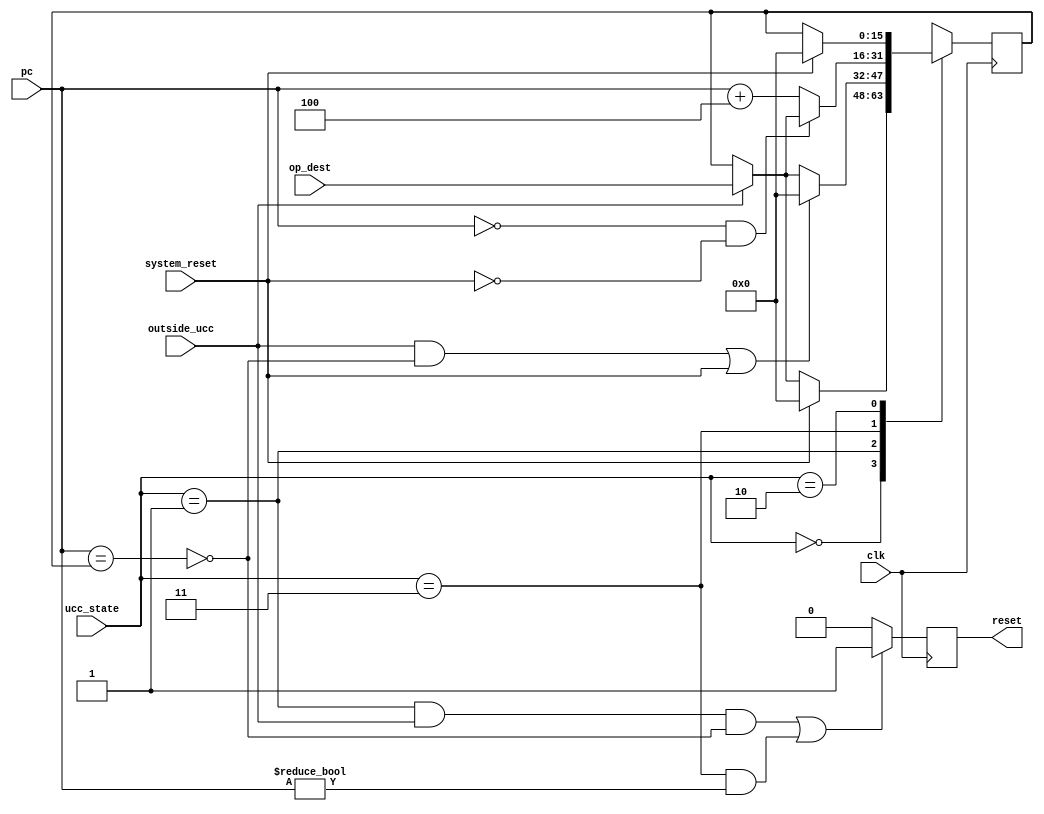

module  return_integrity (
// INPUT /////////////////////////////////////////////////////////////////
    clk,    
    pc,     
    system_reset,
    outside_ucc,
    ucc_state,
    op_dest,

// OUTPUT ////////////////////////////////////////////////////////////////
    // For formal verification
    //return_address,
    
    
    reset
);

input         clk;
input  [15:0] pc;
input         system_reset;
input         outside_ucc;
input  [1:0]  ucc_state;
input  [15:0] op_dest;

output        reset;

// For formal verification
//output [15:0] return_address;


// FSM States ////////////////////////////////////////////////////////////
parameter notUCC  = 2'b00;
parameter inUCC = 2'b01;
parameter IRQ = 2'b10;
parameter RST = 2'b11;
//////////////////////////////////////////////////////////////////////////

parameter       RESET_HANDLER = 16'h0000;

reg [15:0] return_addr;
reg        return_integrity_reset;

initial
begin
        return_integrity_reset = 1'b1;
        return_addr = 16'h0000;
end

wire valid_return = pc == return_addr;

always @(posedge clk)
begin
    case (ucc_state)
        notUCC:
            if (system_reset)  // Reset if another module/UCC triggered a reset
               return_addr <= 16'h0000;
            else if (outside_ucc)
                return_addr <= op_dest;
            else
                return_addr <= return_addr;  
        
        inUCC:
            if ((outside_ucc && !valid_return) | system_reset)  // Reset if malicious return or system wide reset detected
            	return_addr <= 16'h0000;
            else if (outside_ucc)
                return_addr <= op_dest;
            else
                return_addr <= return_addr; 
                
        RST:
            if (pc == RESET_HANDLER & !system_reset) // Wait until system has finished resetting
            begin
                if(outside_ucc)
                    return_addr <= op_dest;
                else
                    return_addr <= return_addr;
            end
            else
                return_addr <= pc + 16'h0004;
	
	IRQ:
	    if (system_reset)
	    	return_addr <= 16'h0000;
	    else
	        return_addr <= return_addr;
    endcase
end

////////////// OUTPUT LOGIC //////////////////////////////////////////////
always @(posedge clk)
begin
    if ( (
        (ucc_state == inUCC && outside_ucc && !valid_return) ||
	(ucc_state == RST && pc != RESET_HANDLER)
       )
    )begin
            return_integrity_reset <= 1'b1;
    end
    else begin
            return_integrity_reset <= 1'b0;
    end
end


assign reset = return_integrity_reset;

// For formal verification
//assign return_address = return_addr;

endmodule